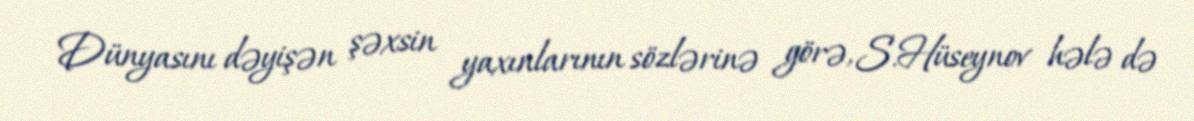
Dünyasını dəyişən şəxsin yaxınlarının sözlərinə görə, S.Hüseynov hələ də